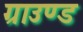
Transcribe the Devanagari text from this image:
ग्राउण्‍ड